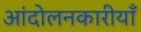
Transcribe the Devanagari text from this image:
आंदोलनकारीयाँ